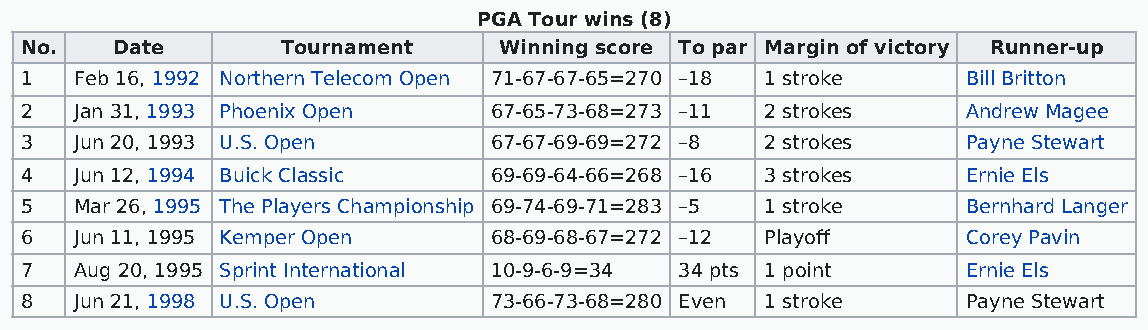
PGA Tour wins (8)
 No.   Date        Tournament    Winning score To par Margin of victory Runner-up
 1   Feb 16, 1992 Northern Telecom Open 71-67-67-65=270 –18 1 stroke Bill Britton
 2   Jan 31, 1993 Phoenix Open  67-65-73-68=273 –11 2 strokes   Andrew Magee
 3   Jun 20, 1993 U.S. Open     67-67-69-69=272 –8 2 strokes    Payne Stewart
 4   Jun 12, 1994 Buick Classic 69-69-64-66=268 –16 3 strokes   Ernie Els
 5   Mar 26, 1995 The Players Championship 69-74-69-71=283 –5 1 stroke Bernhard Langer
 6   Jun 11, 1995 Kemper Open   68-69-68-67=272 –12 Playoff     Corey Pavin
 7   Aug 20, 1995 Sprint International 10-9-6-9=34 34 pts 1 point Ernie Els
 8   Jun 21, 1998 U.S. Open     73-66-73-68=280 Even 1 stroke   Payne Stewart